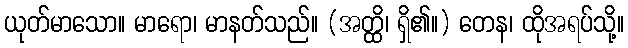
ယုတ်မာသော။ မာရော၊ မာနတ်သည်။ (အတ္ထိ၊ ရှိ၏။) တေန၊ ထိုအရပ်သို့။